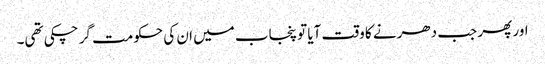
اور پھر جب دھرنے کا وقت آیا تو پنجاب میں ان کی حکومت گر چکی تھی۔